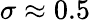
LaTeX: \sigma\approx 0.5